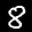
Label: 8